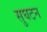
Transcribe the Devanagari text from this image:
सुघटन